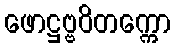
ဖောဋ္ဌဗ္ဗဝိတက္ကော